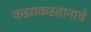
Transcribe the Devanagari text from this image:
कझाकस्तानाचे